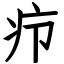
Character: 疖